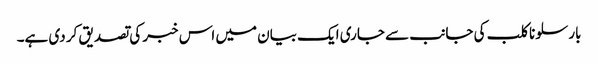
بارسلونا کلب کی جانب سے جاری ایک بیان میں اس خبر کی تصدیق کر دی ہے۔